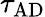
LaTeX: \tau_{\mathrm{AD}}